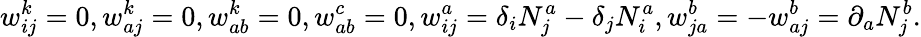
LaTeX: w_{ij}^{k}=0,w_{aj}^{k}=0,w_{ab}^{k}=0,w_{ab}^{c}=0,w_{ij}^{a}=\delta_{i}N_{j}^{a}-\delta_{j}N_{i}^{a},w_{ja}^{b}=-w_{aj}^{b}=\partial_{a}N_{j}^{b}.